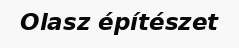
Olasz építészet